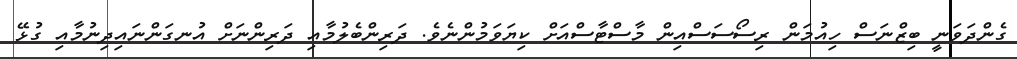
ގެންދަވަނީ ބިޒްނަސް ހިއުމަން ރިސޯސަސްއިން މާސްޓާސްއަށް ކިޔަވަމުންނެވެ. ދަރިންބެލުމާއި ދަރިންނަށް އުނގަންނައިދިނުމާއި ގުޅޭ